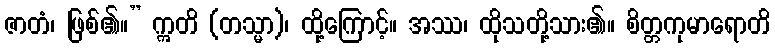
ဇာတံ၊ ဖြစ်၏။” ဣတိ (တသ္မာ)၊ ထို့ကြောင့်။ အဿ၊ ထိုသတို့သား၏။ စိတ္တကုမာရောတိ